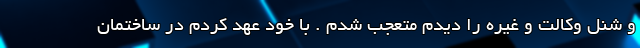
و شنل وکالت و غیره را دیدم متعجب شدم . با خود عهد کردم در ساختمان